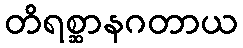
တိရစ္ဆာနဂတာယ